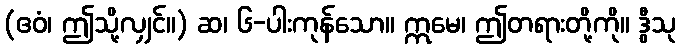
(ဧဝံ၊ ဤသို့လျှင်။) ဆ၊ ၆-ပါးကုန်သော။ ဣမေ၊ ဤတရားတို့ကို။ ဒွီသု